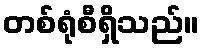
တစ်ရုံစီရှိသည်။